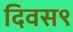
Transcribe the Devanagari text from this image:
दिवस९